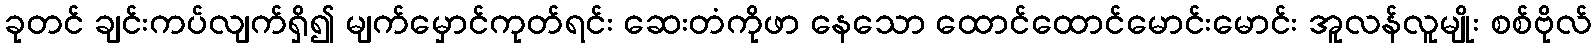
ခုတင် ချင်းကပ်လျက်ရှိ၍ မျက်မှောင်ကုတ်ရင်း ဆေးတံကိုဖာ နေသော ထောင်ထောင်မောင်းမောင်း အူလန်လူမျိုး စစ်ဗိုလ်